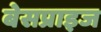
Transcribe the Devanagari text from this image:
बेसप्राइज